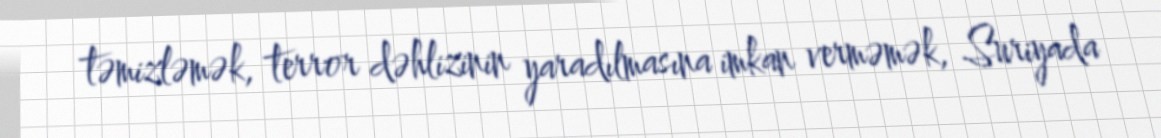
təmizləmək, terror dəhlizinin yaradılmasına imkan verməmək, Suriyada